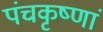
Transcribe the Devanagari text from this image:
पंचकृष्णां